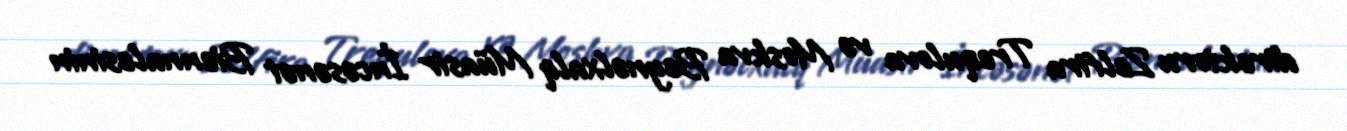
direktoru Zelfira Trequlova və Moskva Beynəlxalq Müasir İncəsənət Biennalesinin